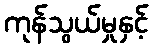
ကုန်သွယ်မှုနှင့်